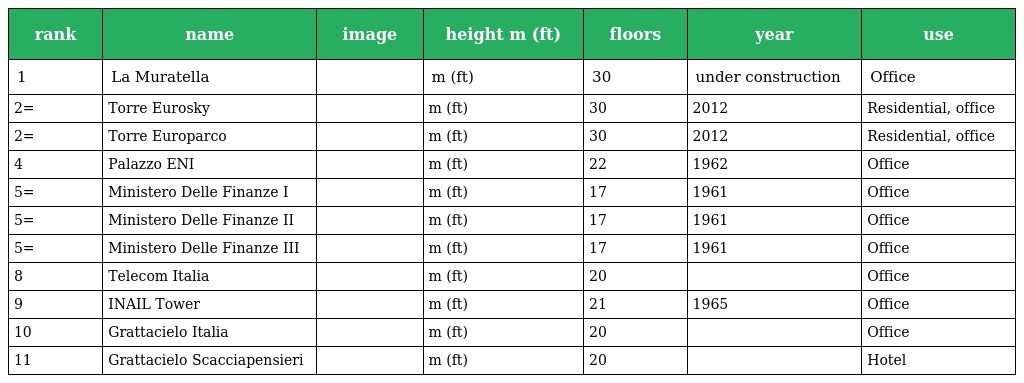
| rank | name | image | height m (ft) | floors | year | use |
 | --- | --- | --- | --- | --- | --- | --- |
 | 1 | La Muratella |  | m (ft) | 30 | under construction | Office |
 | 2= | Torre Eurosky |  | m (ft) | 30 | 2012 | Residential, office |
 | 2= | Torre Europarco |  | m (ft) | 30 | 2012 | Residential, office |
 | 4 | Palazzo ENI |  | m (ft) | 22 | 1962 | Office |
 | 5= | Ministero Delle Finanze I |  | m (ft) | 17 | 1961 | Office |
 | 5= | Ministero Delle Finanze II |  | m (ft) | 17 | 1961 | Office |
 | 5= | Ministero Delle Finanze III |  | m (ft) | 17 | 1961 | Office |
 | 8 | Telecom Italia |  | m (ft) | 20 |  | Office |
 | 9 | INAIL Tower |  | m (ft) | 21 | 1965 | Office |
 | 10 | Grattacielo Italia |  | m (ft) | 20 |  | Office |
 | 11 | Grattacielo Scacciapensieri |  | m (ft) | 20 |  | Hotel |